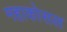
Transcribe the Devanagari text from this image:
महाकोसल